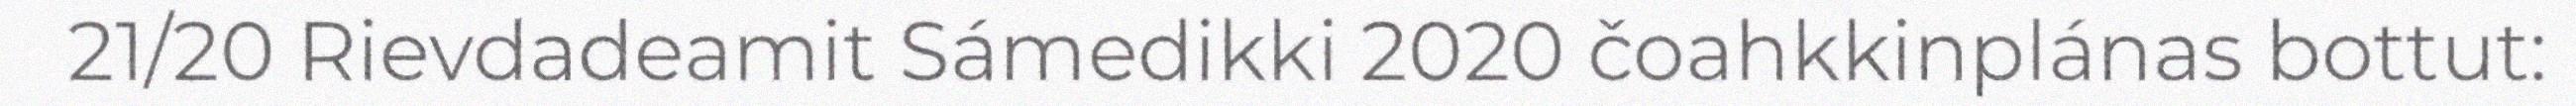
21/20 Rievdadeamit Sámedikki 2020 čoahkkinplánas bottut: